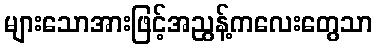
များသောအားဖြင့်အညွန့်ကလေးတွေသာ